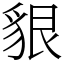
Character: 貇